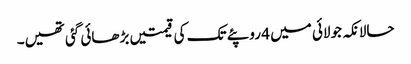
حالانکہ جولائی میں 4 روپئے تک کی قیمتیں بڑھائی گئی تھیں۔